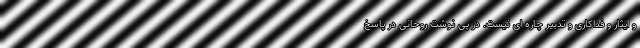
و ایثار و فداکاری و تدبیر چاره ای نیست. در پی نوشت روحانی در پاسخ